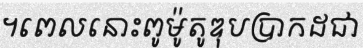
។ពេលនោះពូម៉ូតូឌុបប្រាកដជា